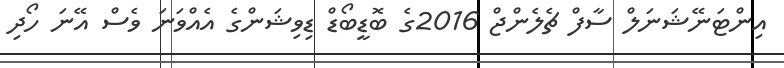
އިންޓަނޭޝަނަލް ސާފް ޗެލެންޖް 2016ގެ ބޮޑީބޯޑް ޑިވިޝަންގެ އެއްވަނަ ވެސް އޭނަ ހޯދި